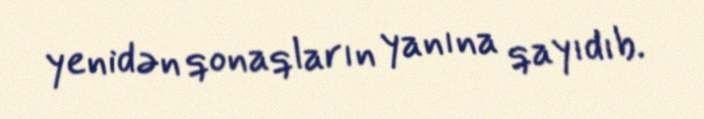
yenidən qonaqların yanına qayıdıb.